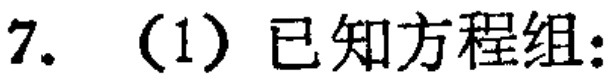
7. （1）已知方程组：